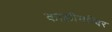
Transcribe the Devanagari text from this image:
कालीमन्दिर